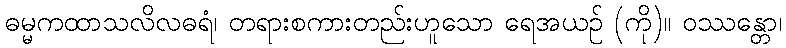
ဓမ္မကထာသလိလဓရံ၊ တရားစကားတည်းဟူသော ရေအယဉ် (ကို)။ ဝဿန္တော၊